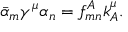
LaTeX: \bar { \alpha } _ { m } \gamma ^ { \mu } \alpha _ { n } = f _ { m n } ^ { A } k _ { A } ^ { \mu } .